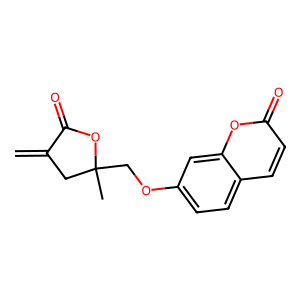
SMILES: C=C1CC(C)(COc2ccc3ccc(=O)oc3c2)OC1=O
Inhibits HIV replication: No